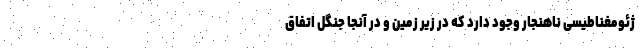
ژئومغناطیسی ناهنجار وجود دارد که در زیر زمین و در آنجا جنگل اتفاق